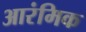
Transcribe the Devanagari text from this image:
आरंमिक